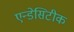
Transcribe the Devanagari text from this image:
एन्डेसिटीक